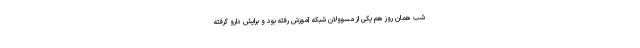
شب همان روز هم یکی از مسوولان شبکه آموزش رفته بود و برایش دارو گرفته